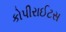
કોપીરાઈટસ